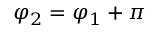
\varphi _ { 2 } = \varphi _ { 1 } + \pi